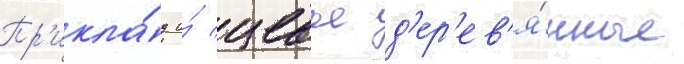
Пр'икла́д и́ цевье д'ер'ев'я́нные